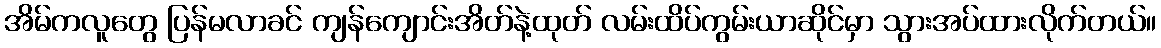
အိမ်ကလူတွေ ပြန်မလာခင် ကျန်ကျောင်းအိတ်နဲ့ထုတ် လမ်းထိပ်ကွမ်းယာဆိုင်မှာ သွားအပ်ထားလိုက်တယ်။